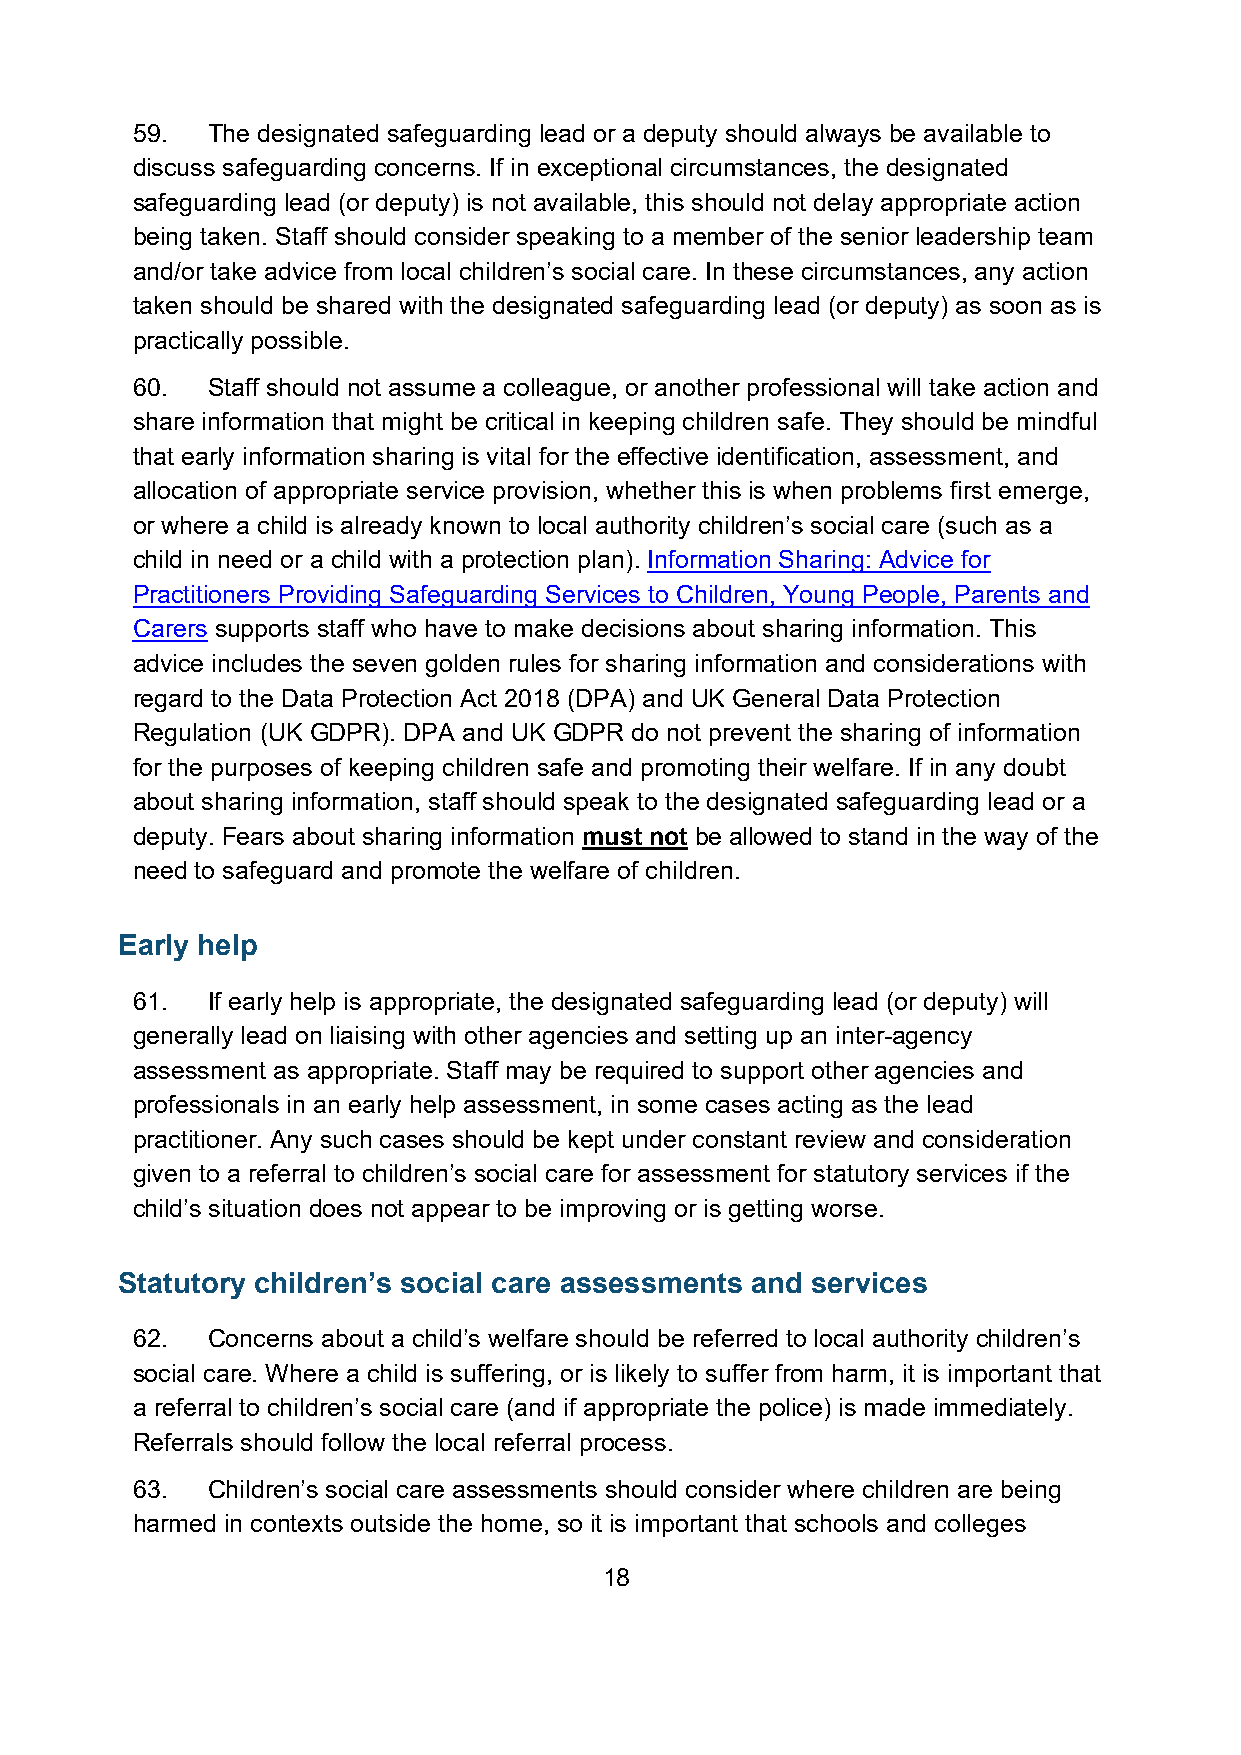
59.  The designated safeguarding lead or a deputy should always be available to
 discuss safeguarding concerns. If in exceptional circumstances, the designated
 safeguarding lead (or deputy) is not available, this should not delay appropriate action
 being taken. Staff should consider speaking to a member of the senior leadership team
 and/or take advice from local children’s social care. In these circumstances, any action
 taken should be shared with the designated safeguarding lead (or deputy) as soon as is
 practically possible.
 60.  Staff should not assume a colleague, or another professional will take action and
 share information that might be critical in keeping children safe. They should be mindful
 that early information sharing is vital for the effective identification, assessment, and
 allocation of appropriate service provision, whether this is when problems first emerge,
 or where a child is already known to local authority children’s social care (such as a
 child in need or a child with a protection plan). Information Sharing: Advice for
 Practitioners Providing Safeguarding Services to Children, Young People, Parents and
 Carers supports staff who have to make decisions about sharing information. This
 advice includes the seven golden rules for sharing information and considerations with
 regard to the Data Protection Act 2018 (DPA) and UK General Data Protection
 Regulation (UK GDPR). DPA and UK GDPR do not prevent the sharing of information
 for the purposes of keeping children safe and promoting their welfare. If in any doubt
 about sharing information, staff should speak to the designated safeguarding lead or a
 deputy. Fears about sharing information must not be allowed to stand in the way of the
 need to safeguard and promote the welfare of children.
 Early help
 61.  If early help is appropriate, the designated safeguarding lead (or deputy) will
 generally lead on liaising with other agencies and setting up an inter-agency
 assessment as appropriate. Staff may be required to support other agencies and
 professionals in an early help assessment, in some cases acting as the lead
 practitioner. Any such cases should be kept under constant review and consideration
 given to a referral to children’s social care for assessment for statutory services if the
 child’s situation does not appear to be improving or is getting worse.
 Statutory children’s social care assessments and services
 62.  Concerns about a child’s welfare should be referred to local authority children’s
 social care. Where a child is suffering, or is likely to suffer from harm, it is important that
 a referral to children’s social care (and if appropriate the police) is made immediately.
 Referrals should follow the local referral process.
 63.  Children’s social care assessments should consider where children are being
 harmed in contexts outside the home, so it is important that schools and colleges
 18